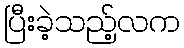
ပြီးခဲ့သည့်လက